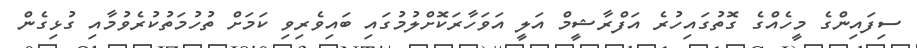
ސިފައިންގެ މީހެއްގެ ގޮތުގައިހުރެ އަފްރާޝީމް އަލީ އަވަހާރަކޮށްލުމުގައި ބައިވެރިވި ކަމަށް ތުހުމަތުކުރެވުމާއި ގުޅިގެން